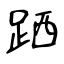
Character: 跴